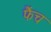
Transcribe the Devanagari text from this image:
फैंच